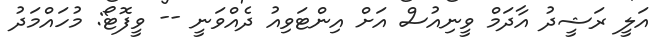
އަލީ ރަޝީދު އާދަމް ވީނިއުސް އަށް އިންޓަވިއު ދެއްވަނީ -- ވީފޮޓޯ: މުހައްމަދު